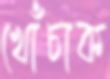
খোঁচাক